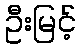
ဦးမြင့်